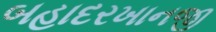
બહાદરખાનજી